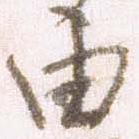
由